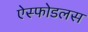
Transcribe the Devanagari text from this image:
ऐस्फोडलस